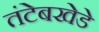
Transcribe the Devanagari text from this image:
तंटेबखेडे